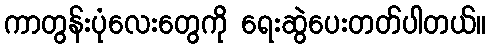
ကာတွန်းပုံလေးတွေကို ရေးဆွဲပေးတတ်ပါတယ်။